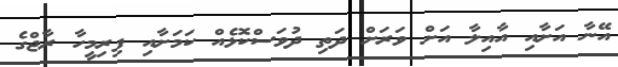
އޭނާ އަށާއި އާއިލާ އަށް ވަރަށް ދަތި ދުވަސްކޮޅެއް ކަމަށާއި ފިރިމީހާ ރާޖްގެ